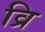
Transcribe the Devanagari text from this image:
व्रि